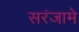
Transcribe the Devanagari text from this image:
सरंजामे